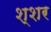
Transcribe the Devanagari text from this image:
श्शर